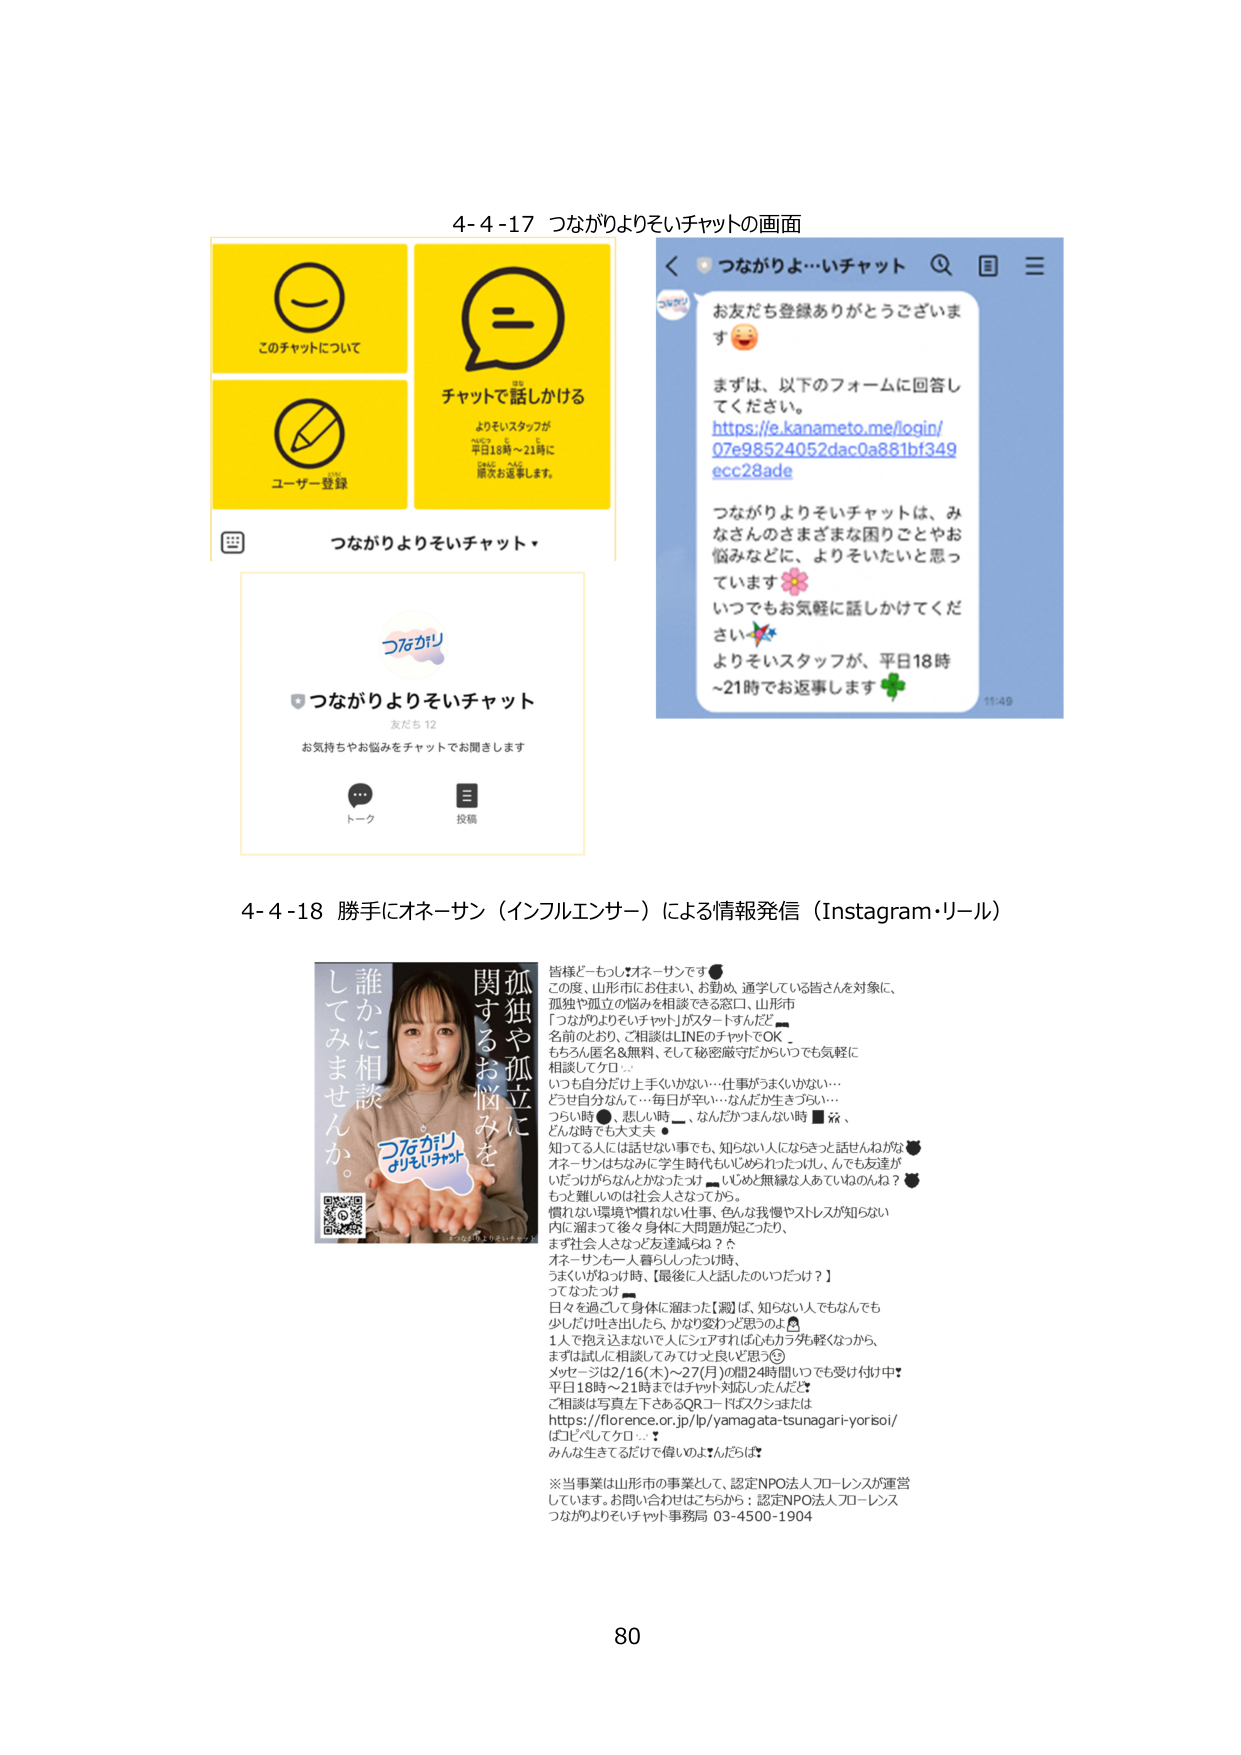
4-4-17 つながりよりそいチャットの画面

このチャットについて
チャットで話しかける
よりそいスタッフが
平日18時～21時に
順次お返事します。
ユーザー登録

つながりよりそいチャット・

つながり
つながりよりそいチャット
友だち 12
お気持ちやお悩みをチャットでお聞きします
トーク
投稿

＜ つながりよ…いチャット  Q  □  三
お友だち登録ありがとうございます 😊
まずは、以下のフォームに回答してください。
https://e.kanameto.me/login/07e98524052dac0a881bf349ecc28ade
つながりよりそいチャットは、みなさんのさまざまな困りごとやお悩みなどに、よりそいたいと思っています 🌸
いつでもお気軽に話しかけてください ✨
よりそいスタッフが、平日18時～21時でお返事します 🌿
11:49

4-4-18 勝手にオネーサン（インフルエンサー）による情報発信（Instagram・リール）

皆様どーもしょオネーサンです⚫
この度、山形市にお住まい、お勤め、通学している皆さんを対象に、
孤独や孤立の悩みを相談できる窓口、山形市
「つながりよりそいチャット」がスタートだよ！
名前の通り、ご相談はLINEのチャットでOK
もちろん匿名＆無料、そして秘密厳守だからとっても気軽に
相談してケロ…
いつも自分だけ上手くいかない…仕事がうまくいかない…
どうせ自分なんて…毎日が辛い…なんだか生きづらい…
つらい時⚫、悲しい時⚫、なんだかつまんない時⚫、
どんな時でも大丈夫⚫
知ってる人は話せない事でも、知らない人にならきっと話せんねがな⚫
オネーサンはちなみに学生時代もいじめられっただし、んでも友達が
いだっけがらなんとかなったっけ⚫いじめと無縁な人あていねのんな？⚫
もっと難しいのは社会人となってから。
慣れなぃ環境や慣れない仕事、色んな我慢やストレスが知らない
内に溜まって後々身体に大問題が起こったり、
ます社会人さなっど友達減らか？？
オネーサンも一人暮らししつつり時、
うまくいかなっけ時、【最後に人と話したのいつだっけ？】
ってなったっけ⚫
日々を過ごして身体に溜まった【溜】ば、知らない人でもなんでも
少しだけ吐き出したら、かなり変わりと思うのよ⚫
1人で抱え込まないで人にシェアすれば心もかなり先軽くなっから、
まずは試しに相談してみては？よ良いと思う◎
メッセージは2/16(木)～27(月)の間24時間いつでも受け付け中！
平日18時～21時まではチャット対応しちゃんだよ
ご相談は写真左下にあるQRコードばスカンまたは
https://florence.or.jp/lp/yamagata-tsunagari-yoriso/
はじめてケロ…！
みんな生きてるだけ偉いのよ！なんだろは！

※当事業は山形市の事業として、認定NPO法人フローレンスが運営しています。お問い合わせはこちらから：認定NPO法人フローレンス つながりよりそいチャット事務局 03-4500-1904

80